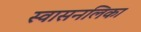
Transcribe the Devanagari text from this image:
स्वासनलिका